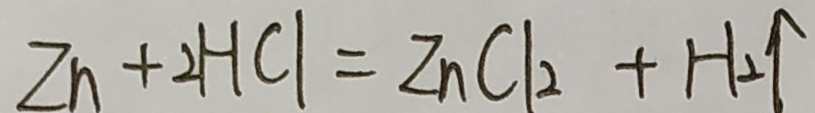
Z n + 2 H C l = Z n C l _ { 2 } + H _ { 2 } \uparrow